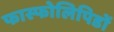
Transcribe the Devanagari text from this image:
फास्फोलिपिडों